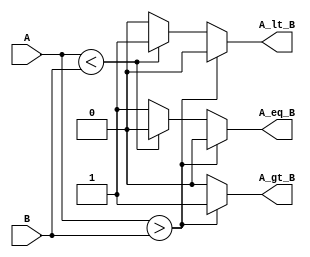
module ParameterizedComparator #(
    parameter N = 8  // Default parameter for bit-width
)(
    input  [N-1:0] A,  // Input A
    input  [N-1:0] B,  // Input B
    output reg A_gt_B,  // A greater than B
    output reg A_lt_B,  // A less than B
    output reg A_eq_B   // A equal to B
);

    // Always block to compare A and B
    always @(*) begin
        // Initialize outputs
        A_gt_B = 1'b0;
        A_lt_B = 1'b0;
        A_eq_B = 1'b0;

        // Perform comparisons
        if (A > B) begin
            A_gt_B = 1'b1;
        end else if (A < B) begin
            A_lt_B = 1'b1;
        end else begin
            A_eq_B = 1'b1;
        end
    end

endmodule